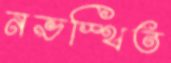
নভস্থিত